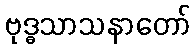
ဗုဒ္ဓသာသနာတော်